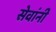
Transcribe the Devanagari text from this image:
सेवांनी